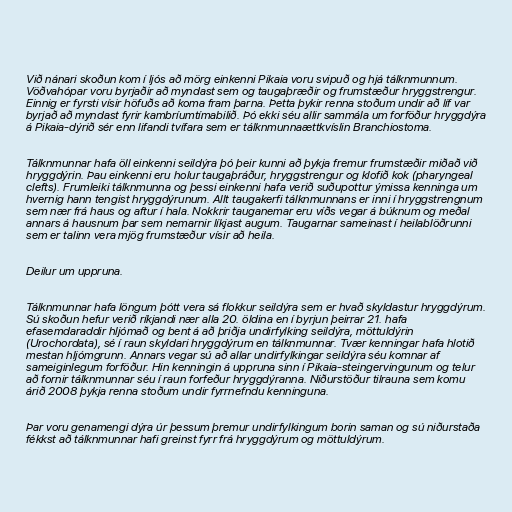
Við nánari skoðun kom í ljós að mörg einkenni Pikaia voru svipuð og hjá tálknmunnum.
Vöðvahópar voru byrjaðir að myndast sem og taugaþræðir og frumstæður hryggstrengur.
Einnig er fyrsti vísir höfuðs að koma fram þarna. Þetta þykir renna stoðum undir að líf var
byrjað að myndast fyrir kambríumtímabilið. Þó ekki séu allir sammála um forföður hryggdýra
á Pikaia-dýrið sér enn lifandi tvífara sem er tálknmunnaættkvíslin Branchiostoma.

Tálknmunnar hafa öll einkenni seildýra þó þeir kunni að þykja fremur frumstæðir miðað við
hryggdýrin. Þau einkenni eru holur taugaþráður, hryggstrengur og klofið kok (pharyngeal
clefts). Frumleiki tálknmunna og þessi einkenni hafa verið suðupottur ýmissa kenninga um
hvernig hann tengist hryggdýrunum. Allt taugakerfi tálknmunnans er inni í hryggstrengnum
sem nær frá haus og aftur í hala. Nokkrir tauganemar eru víðs vegar á búknum og meðal
annars á hausnum þar sem nemarnir líkjast augum. Taugarnar sameinast í heilablöðrunni
sem er talinn vera mjög frumstæður vísir að heila.

Deilur um uppruna.

Tálknmunnar hafa löngum þótt vera sá flokkur seildýra sem er hvað skyldastur hryggdýrum.
Sú skoðun hefur verið ríkjandi nær alla 20. öldina en í byrjun þeirrar 21. hafa
efasemdaraddir hljómað og bent á að þriðja undirfylking seildýra, möttuldýrin
(Urochordata), sé í raun skyldari hryggdýrum en tálknmunnar. Tvær kenningar hafa hlotið
mestan hljómgrunn. Annars vegar sú að allar undirfylkingar seildýra séu komnar af
sameiginlegum forföður. Hin kenningin á uppruna sinn í Pikaia-steingervingunum og telur
að fornir tálknmunnar séu í raun forfeður hryggdýranna. Niðurstöður tilrauna sem komu
árið 2008 þykja renna stoðum undir fyrrnefndu kenninguna.

Þar voru genamengi dýra úr þessum þremur undirfylkingum borin saman og sú niðurstaða
fékkst að tálknmunnar hafi greinst fyrr frá hryggdýrum og möttuldýrum.